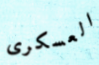
العسكرى